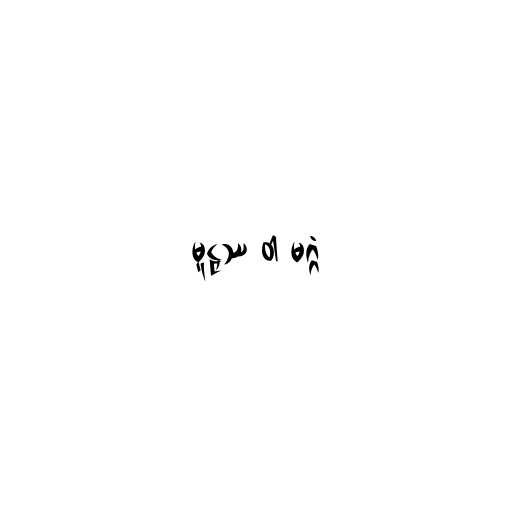
မူဠှဿ ဝါ မဂ္ဂံ